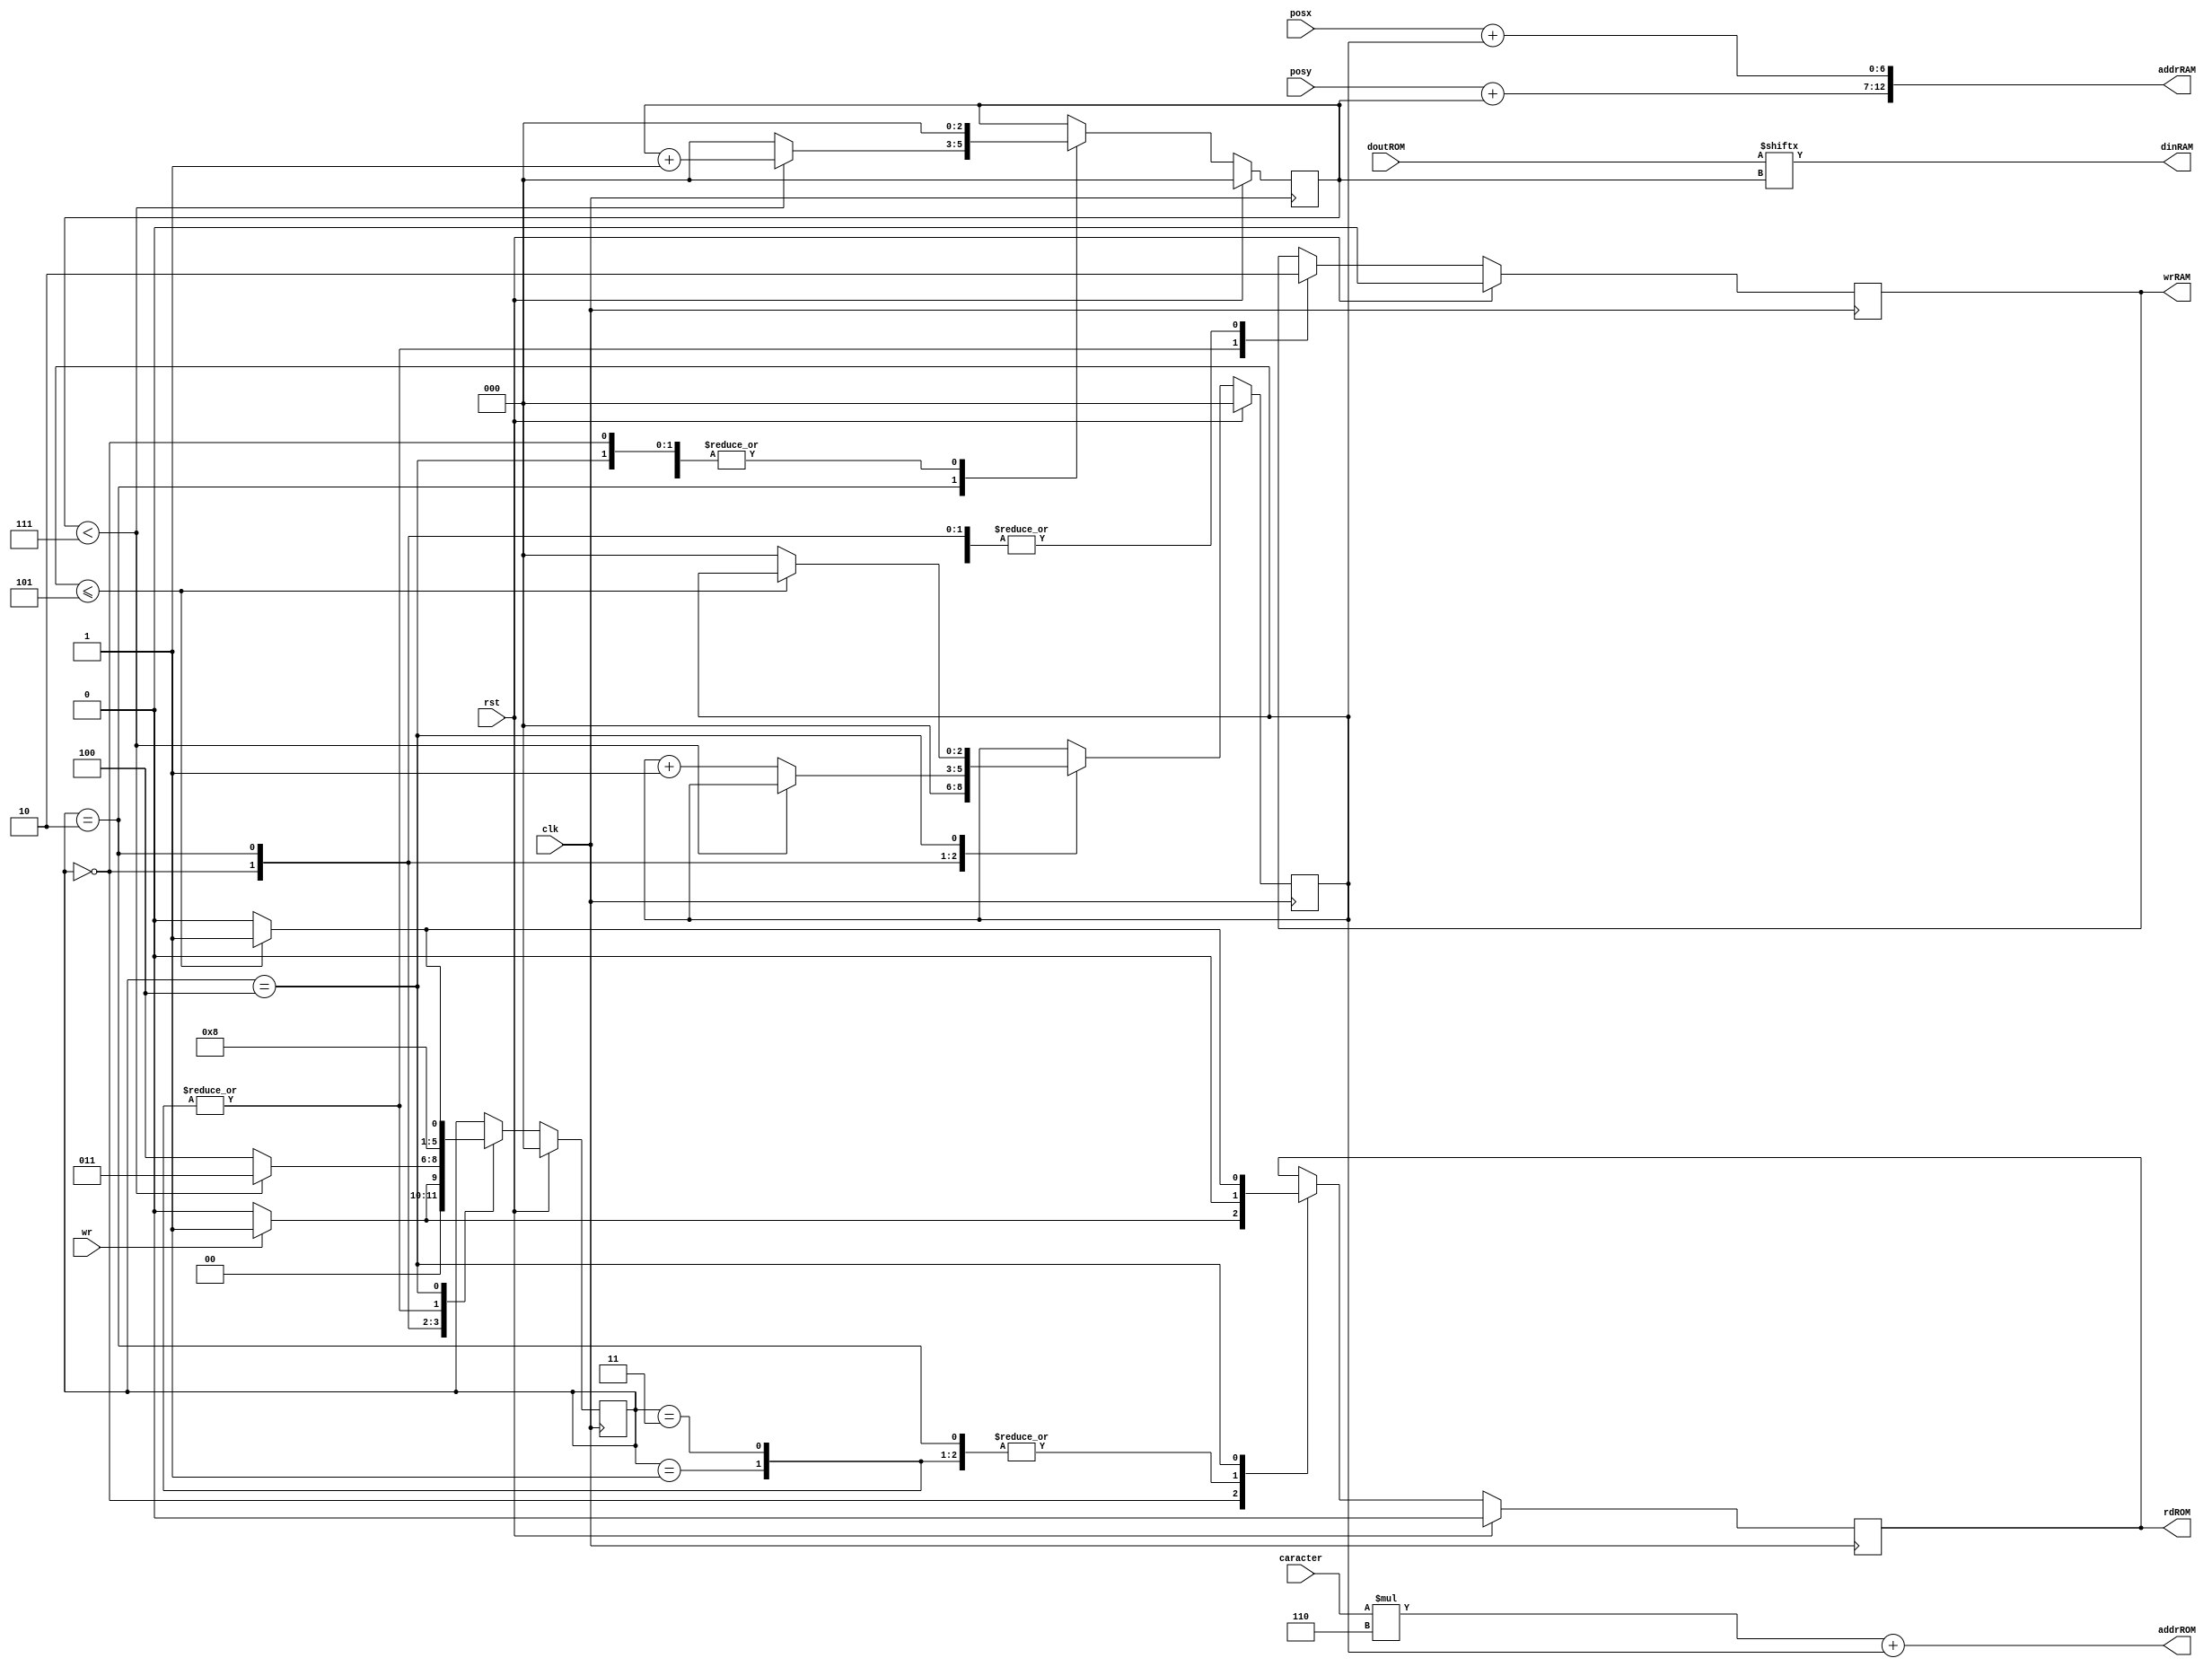
module control_pantalla (clk, rst, wr, posx, posy, caracter, doutROM, rdROM, addrROM, wrRAM, addrRAM, dinRAM);

/*			  ______________________
	clk	-------->|	                |	
	rst	-------->|		        |-------->	rdROM
			 |  		        |-------->	addrROM
	wr	-------->|		        |       			
	posx    -------->|   control_pantalla	|				
	posy	-------->|		        |				
	caracter-------->|		        |-------->	wrRAM
			 |  		        |-------->	addrRAM
	doutROM	-------->|		        |
	                 |	   	        |-------->	dinRAM		
                         |______________________|				
*/

input wr, clk, rst;
input [6:0] posx;
input [5:0] posy;
input [6:0] caracter;
input [7:0] doutROM;    //dato que contiene la fuente

output reg rdROM, wrRAM;
output wire dinRAM;
output wire [9:0] addrROM;
output wire [12:0] addrRAM;

reg [2:0] btc;
reg [2:0] ncolumna;

assign dinRAM   = doutROM [btc];
assign addrROM  = (caracter*6)+ncolumna;
assign addrRAM  = {(posy+btc),(posx+ncolumna)};

localparam S_WAIT       = 3'd0;
localparam S_RD_FONT    = 3'd1;
localparam S_WR_RAM     = 3'd2;
localparam S_ADD_BTC    = 3'd3;
localparam S_ADD_NCOL   = 3'd4;

reg [2:0] state         = S_WAIT;

always @(posedge clk) begin

        if(rst) begin
                btc = 3'd0;
                ncolumna = 3'd0;
                rdROM = 0;      
                wrRAM = 0;        
                state = S_WAIT;
        end else begin
        
                case(state)
                        
                        S_WAIT: begin 
                                if(wr == 0) begin // (0)
                                        btc = 3'd0;
                                        ncolumna = 3'd0;
                                        rdROM = 0;
                                        wrRAM = 0; 
                                        state = S_WAIT;
                                end else begin //(1)
                                        btc = 3'd0;
                                        ncolumna = 3'd0;
                                        rdROM = 1;
                                        wrRAM = 0; 
                                        state = S_RD_FONT;
                                end        
                        end
                        
                        S_RD_FONT: begin //(2)
                               btc = 3'd0;
                               ncolumna = ncolumna;
                               rdROM = 0;
                               wrRAM = 1; 
                               state = S_WR_RAM; 
                        end
                        
                        S_WR_RAM: begin
                                if(btc < 7)begin //(3)
                                        btc = btc+1;
                                        ncolumna = ncolumna;
                                        rdROM = 0;
                                        wrRAM = 0; 
                                        state = S_ADD_BTC;
                                end else begin //(5)
                                        btc = 3'd0;
                                        ncolumna = ncolumna+1;
                                        rdROM = 0;
                                        wrRAM = 0; 
                                        state = S_ADD_NCOL;
                                end   
                        end
                        
                        S_ADD_BTC: begin //(4)
                               btc = btc;
                               ncolumna = ncolumna;
                               rdROM = 0;
                               wrRAM = 1; 
                               state = S_WR_RAM; 
                        end
                        
                        S_ADD_NCOL: begin
                                if(ncolumna <= 5)begin
                                        btc = 3'd0;
                                        ncolumna = ncolumna;
                                        rdROM = 1;
                                        wrRAM = 0; 
                                        state = S_RD_FONT;
                                end else begin
                                        btc = 3'd0;
                                        ncolumna = 0;
                                        rdROM = 0;
                                        wrRAM = 0; 
                                        state = S_WAIT;
                                end
                        end
                endcase
        
        end

end

endmodule